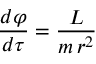
{ \frac { d \varphi } { d \tau } } = { \frac { L } { m \, r ^ { 2 } } }